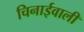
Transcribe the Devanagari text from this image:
चिनाईवाली